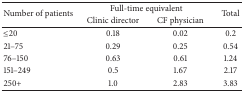
| <ROWSPAN=2> Number of patients | <COLSPAN=2> Full-time equivalent | <ROWSPAN=2> Total |
 | Clinic director | CF physician |
 | --- | --- | --- | --- |
 | ≤20 | 0.18 | 0.02 | 0.2 |
 | 21–75 | 0.29 | 0.25 | 0.54 |
 | 76–150 | 0.63 | 0.61 | 1.24 |
 | 151–249 | 0.5 | 1.67 | 2.17 |
 | 250+ | 1.0 | 2.83 | 3.83 |